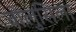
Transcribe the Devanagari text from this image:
वोलुसिला